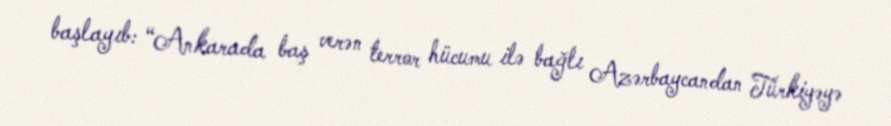
başlayıb: “Ankarada baş verən terror hücumu ilə bağlı Azərbaycandan Türkiyəyə